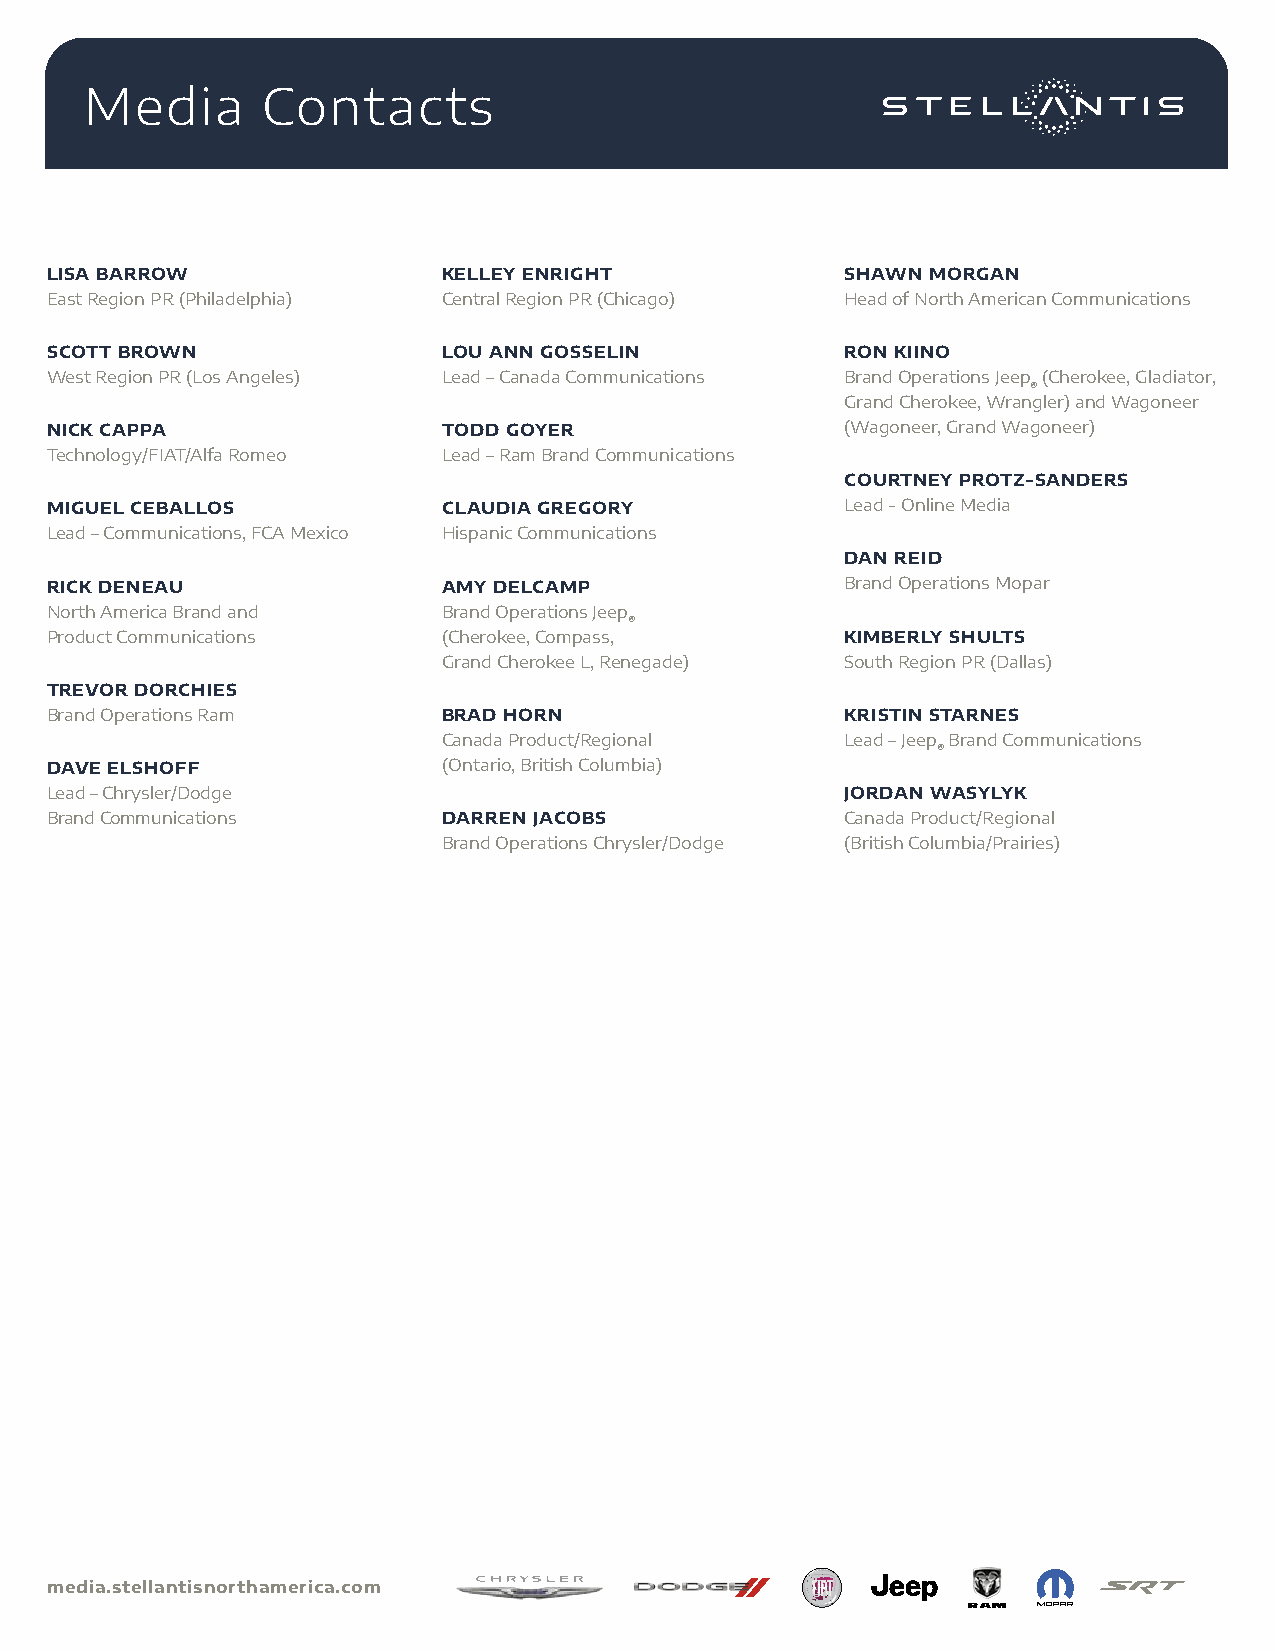
Media      Contacts
 LISA BARROW               KELLEY ENRIGHT             SHAWN MORGAN
 East Region PR (Philadelphia) Central Region PR (Chicago) Head of North American Communications
 SCOTT BROWN               LOU ANN GOSSELIN           RON KIINO
 West Region PR (Los Angeles) Lead – Canada Communications Brand Operations Jeep (Cherokee, Gladiator,
 ®
 Grand Cherokee, Wrangler) and Wagoneer
 NICK CAPPA                TODD GOYER                 (Wagoneer, Grand Wagoneer)
 Technology/FIAT/Alfa Romeo Lead – Ram Brand Communications
 COURTNEY PROTZ-SANDERS
 MIGUEL CEBALLOS           CLAUDIA GREGORY            Lead - Online Media
 Lead – Communications, FCA Mexico Hispanic Communications
 DAN REID
 RICK DENEAU               AMY DELCAMP                Brand Operations Mopar
 North America Brand and   Brand Operations Jeep
 ®
 Product Communications    (Cherokee, Compass,        KIMBERLY SHULTS
 Grand Cherokee L, Renegade) South Region PR (Dallas)
 TREVOR DORCHIES
 Brand Operations Ram      BRAD HORN                  KRISTIN STARNES
 Canada Product/Regional    Lead – Jeep Brand Communications
 ®
 DAVE ELSHOFF              (Ontario, British Columbia)
 Lead – Chrysler/Dodge                                JORDAN WASYLYK
 Brand Communications      DARREN JACOBS              Canada Product/Regional
 Brand Operations Chrysler/Dodge (British Columbia/Prairies)
 media.stellantisnorthamerica.com